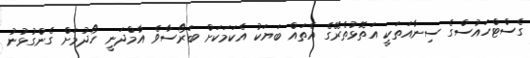
ގެސްޓްހައުސްގެ ސިނާއަތަކީ އަތޮޅުތެރޭގެ އެތައް ބަޔަކު އެކަމަކަށް ބަރޯސާވެ އާމްދަނީ ހޯދުމަށް ގެންގުޅުނު